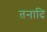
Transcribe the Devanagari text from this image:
तनादि